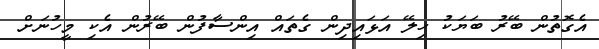
އެގޮތުން ބޭރު ބަޔަކު ހިލޭ އަޅައިދިން ގެތައް އިންސާފުން ބޭރުން އެކި މީހުނަށް